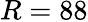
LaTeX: R=88